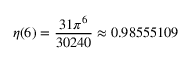
\eta ( 6 ) = { \frac { 3 1 \pi ^ { 6 } } { 3 0 2 4 0 } } \approx 0 . 9 8 5 5 5 1 0 9